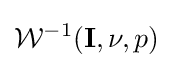
{\mathcal {W}}^{-1}(\mathbf {I} ,\nu ,p)